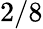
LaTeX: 2/8